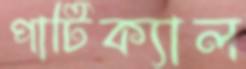
পার্টিক্যাল